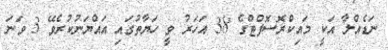
ނަޑެއްލާ އަކީ މައިކްރޮސޮފްޓްގެ 38 އަހަރު ވީ ހަޔާތުގައި އައްޔަނުކުރެވޭ 3 ވަނަ